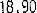
18.90